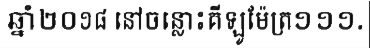
ឆ្នាំ២០១៨ នៅចន្លោះគីឡូម៉ែត្រ១១១.